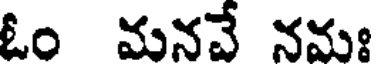
ఓం మనవే నమః